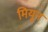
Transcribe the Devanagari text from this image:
मियून